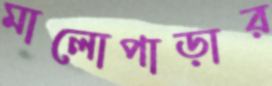
মালোপাড়ার